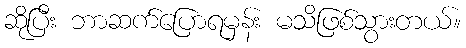
ဆိုပြီး ဘာဆက်ပြောရမှန်း မသိဖြစ်သွားတယ်။